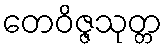
တေဝိဇ္ဇသုတ္တ